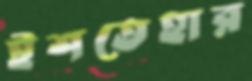
ইশতেহার